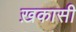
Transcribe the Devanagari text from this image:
ख़कासी